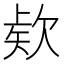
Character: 𭭎